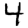
Digit: 4